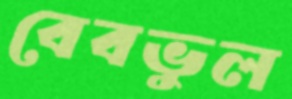
বেবভুল